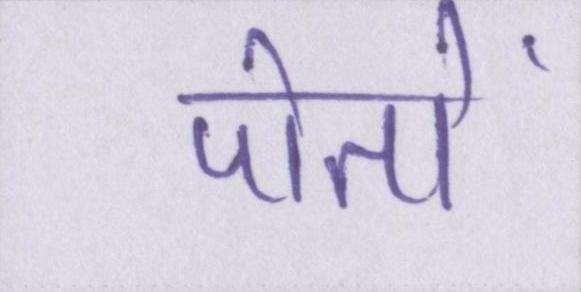
पोतों